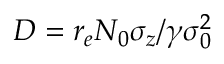
D = r _ { e } N _ { 0 } \sigma _ { z } / \gamma \sigma _ { 0 } ^ { 2 }